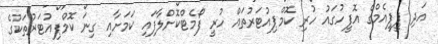
އަދި ޕީޕީއެމްގެ އޮފީހުގައު ހުރި ކޮމްޕިއުޓަރުތައް ހުރީ ފޯމެޓްކޮށްލާފައި ކަމަށާއި ގިނަ ކޮމްޕިއުޓަރުތަކުގެ